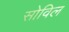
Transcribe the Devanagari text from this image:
सोविल